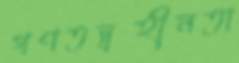
গণতন্ত্রহীনতা